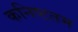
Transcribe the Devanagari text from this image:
कनिष्टतम